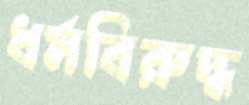
ধর্মবিরুদ্ধ